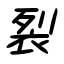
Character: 裂